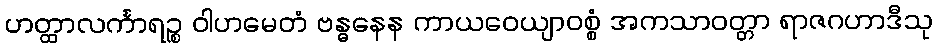
ဟတ္ထာလင်္ကာရဉ္စ ဝါဟမေတံ ဗန္ဓနေန ကာယဝေယျာဝစ္စံ အကသာဝတ္တာ ရာဇဂဟာဒီသု